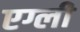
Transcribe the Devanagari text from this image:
एग्ली